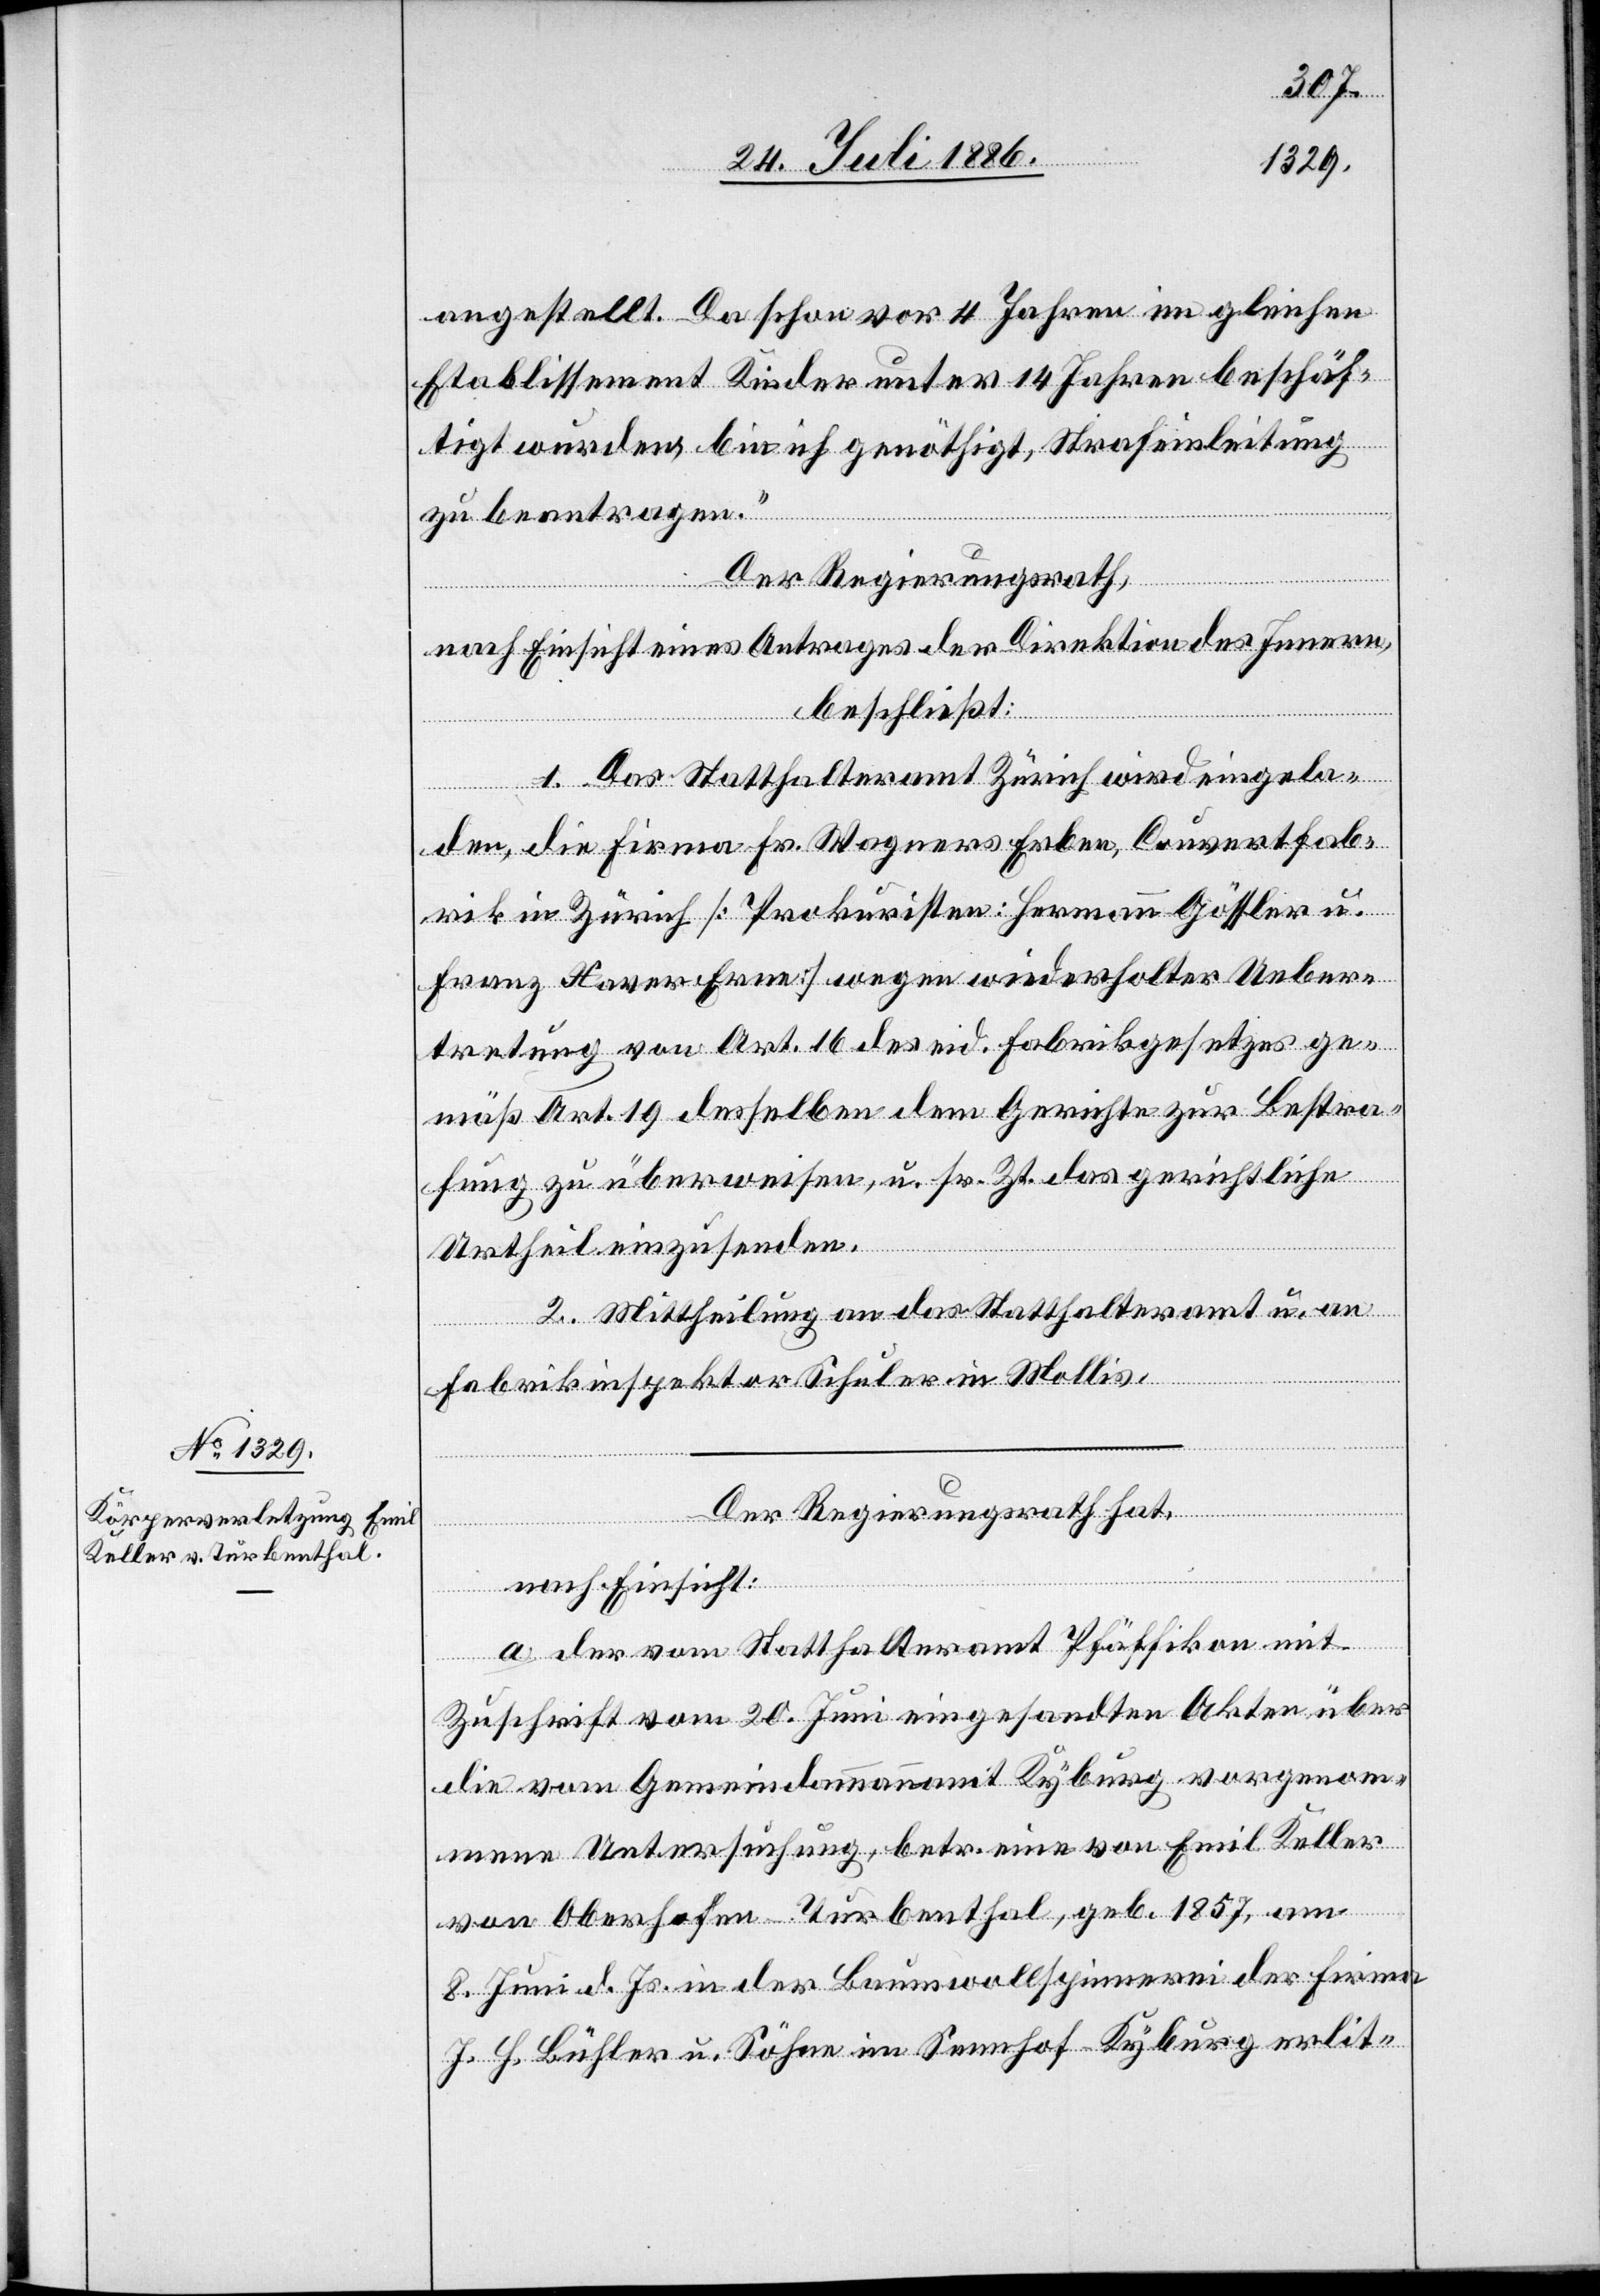
Bestra¬
angestellt. Da schon vor 4 Jahren im gleichen
Etablissement Kinder unter 14 Jahren beschäf¬
tigt wurden, bin ich genöthigt, Strafeinleitung
zu beantragen.“
Der Regierungsrath,
nach Einsicht eines Antrages der Direktion des Innern,
beschließt:
1. Das Statthalteramt Zürich wird eingela¬
den, die Firma Fr. Wagners Erben, Couvertfab¬
rik in Zürich [Prokuristen: Hermann Gössler u.
Franz Xaver Erne] wegen wiederholter Uebertret¬
fung zu überweisen, u. sr. Zt. das gerichtliche
Urtheil einzusenden.
2. Mittheilung an das Statthalteramt u. an
Fabrikinspektor Schuler in Mollis.
Der Regierungsrath hat,
nach Einsicht:
a. der vom Statthalteramt Pfäffikon mit
Zuschrift vom 20. Juni eingesandten Akten über
die vom Gemeindeammannamt Kyburg vorgenom¬
mene Untersuchung, betr. eine von Emil Keller
dem
von Oberhofen - Turbenthal, geb. 1857, am
8. Juni d. Js. in der Baumwollspinnerei der Firma
J. H. Bühler u. Söhne im Sennhof - Kyburg erlit-